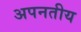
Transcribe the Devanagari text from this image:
अपनतीय